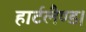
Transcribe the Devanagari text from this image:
हार्टलैण्ड।